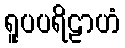
ရူပပရိဠာဟံ